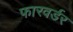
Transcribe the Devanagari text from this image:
फारवर्डर